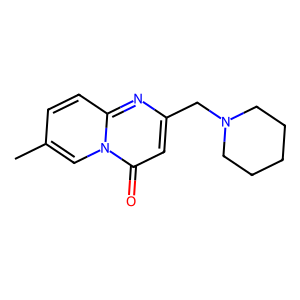
SMILES: Cc1ccc2nc(CN3CCCCC3)cc(=O)n2c1
Inhibits HIV replication: No